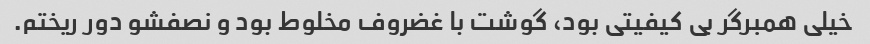
خیلی همبرگر بی کیفیتی بود، گوشت با غضروف مخلوط بود و نصفشو دور ریختم.